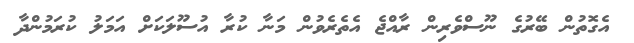
އެގޮތުން ބޭރުގެ ނޫސްވެރިން ރާއްޖެ އެތެރެވުން މަނާ ކުރާ އުސޫލަކަށް އަމަލު ކުރަމުންދާ